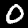
Digit: 0